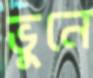
ভুনে